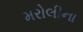
મરોલીના